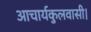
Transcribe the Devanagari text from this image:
आचार्यकुलवासी।